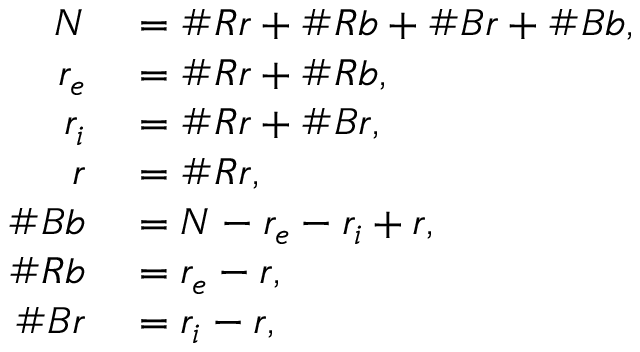
\begin{array} { r l } { N } & { { } = \# R r + \# R b + \# B r + \# B b , } \\ { r _ { e } } & { { } = \# R r + \# R b , } \\ { r _ { i } } & { { } = \# R r + \# B r , } \\ { r } & { { } = \# R r , } \\ { \# B b } & { { } = N - r _ { e } - r _ { i } + r , } \\ { \# R b } & { { } = r _ { e } - r , } \\ { \# B r } & { { } = r _ { i } - r , } \end{array}